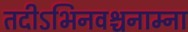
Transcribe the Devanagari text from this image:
तदीऽभिनवश्चनाम्ना